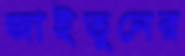
জাইতুনের